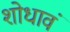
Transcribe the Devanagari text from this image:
शोधावं